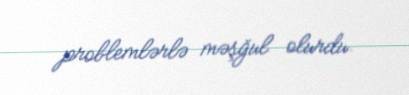
problemlərlə məşğul olurdu.